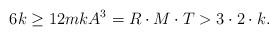
LaTeX: \begin{align*}6 k \ge 12 m k A^3 = R \cdot M \cdot T > 3 \cdot 2 \cdot k.\end{align*}